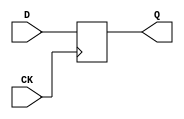
// Verilog
// 4 inputs
// 1 outputs
// 5 splitters
// 3 D-type flipflops
// 2 inverters
// 8 gates (1 ANDs + 1 NANDs + 2 ORs + 4 NORs)

module dff (CK,Q,D);
input CK,D;
output Q;
reg Q;
always @ (posedge CK)
  Q <= D;
endmodule

module s27(CK,G0,G1,G17,G2,G3);
input CK,G0,G1,G2,G3;
output G17;

  wire G5,G10,G6,G11,G7,G13,G14,G8,G15,G12,G16,G9;
  wire SPL0_OUT1, SPL0_OUT2, SPL1_OUT1, SPL1_OUT2, SPL2_OUT1, SPL2_OUT2;
  wire SPL3_OUT1, SPL3_OUT2, SPL4_OUT1, SPL4_OUT2, SPL5_OUT1, SPL5_OUT2;

  // Adding SPL gates
  spl SPL0(SPL0_OUT1, SPL0_OUT2, G14); // Split G14
  spl SPL1(SPL1_OUT1, SPL1_OUT2, G8);  // Split G8
  spl SPL2(SPL2_OUT1, SPL2_OUT2, G12); // Split G12
  spl SPL3(SPL3_OUT1, SPL3_OUT2, G11); // Split G11 first level
  spl SPL4(SPL4_OUT1, SPL4_OUT2, SPL3_OUT1); // Split G11 second level
  
  dff DFF_0(CK,G5,G10);
  dff DFF_1(CK,G6,SPL3_OUT2);
  dff DFF_2(CK,G7,G13);
  
  not NOT_0(G14, G0);
  not NOT_1(G17, SPL4_OUT2); // Use SPL4_OUT2 instead of G11
  and AND2_0(G8, SPL0_OUT1, G6); // Use SPL0_OUT1 instead of G14
  or OR2_0(G15, SPL2_OUT1, SPL1_OUT1); // Use SPL2_OUT1 instead of G12, SPL1_OUT1 instead of G8
  or OR2_1(G16, G3, SPL1_OUT2); // Use SPL1_OUT2 instead of G8
  nand NAND2_0(G9, G16, G15);
  nor NOR2_0(G10, SPL0_OUT2, SPL4_OUT1); // Use SPL0_OUT2 instead of G14, SPL4_OUT1 instead of G11
  nor NOR2_1(G11, G5, G9);
  nor NOR2_2(G12, G1, G7);
  nor NOR2_3(G13, G2, SPL2_OUT2); // Use SPL2_OUT2 instead of G12

endmodule

module spl (SPL_OUT1, SPL_OUT2, SPL_IN1);
input SPL_IN1;
output SPL_OUT1, SPL_OUT2;
assign SPL_OUT1 = SPL_IN1;
assign SPL_OUT2 = SPL_IN1;
endmodule